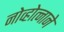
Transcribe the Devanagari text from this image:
नोव्होत्नाने